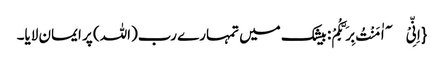
{اِنِّیْۤ اٰمَنْتُ بِرَبِّکُمْ: بیشک میں تمہارے رب(اللہ) پر ایمان لایا۔